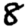
Digit: 8